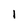
Character: l